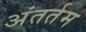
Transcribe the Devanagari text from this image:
अंतर्तम